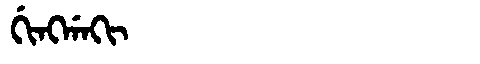
Manchu: ᡤᡳᠩᡤᠠᡴᡳ
Romanization: GINGGAKI